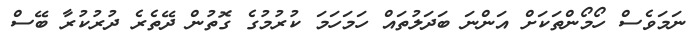
ނަމަވެސް ހޯމޯންތަކަށް އަންނަ ބަދަލުތައް ހަމަހަމަ ކުރުމުގެ ގޮތުން ދޭތެރެ ދުރުކުރާ ބޭސް